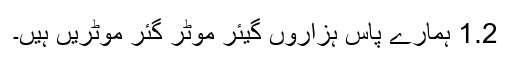
1.2 ہمارے پاس ہزاروں گیئر موٹر گئر موٹریں ہیں۔